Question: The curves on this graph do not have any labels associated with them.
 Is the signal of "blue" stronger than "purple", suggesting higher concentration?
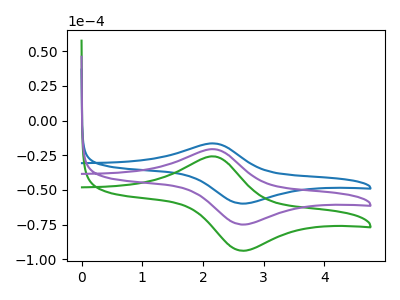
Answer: <think>The blue curve "blue" has an anodic peak at (2.15V, -16.45uA) and a cathodic peak at (2.65V, -59.80uA). The green curve "green" has an anodic peak at (2.15V, -41.25uA) and a cathodic peak at (2.65V, -149.75uA). The purple curve "purple" has an anodic peak at (2.15V, -20.60uA) and a cathodic peak at (2.65V, -74.85uA).
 All the peaks in "blue" have a peak in "purple" at the same potential.</think>
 <answer>I cant tell if "blue" or "purple" has higher concentration.</answer>
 <eval>mixed_concentration</eval>